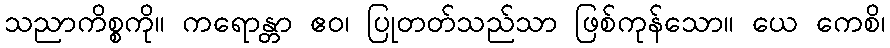
သညာကိစ္စကို။ ကရောန္တာ ဧဝ၊ ပြုတတ်သည်သာ ဖြစ်ကုန်သော။ ယေ ကေစိ၊